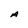
Character: A